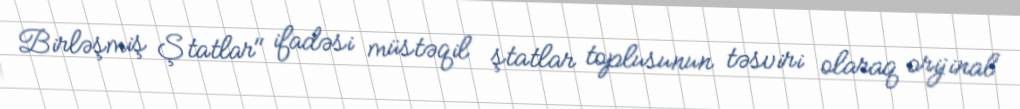
Birləşmiş Ştatlar" ifadəsi müstəqil ştatlar toplusunun təsviri olaraq orijinal